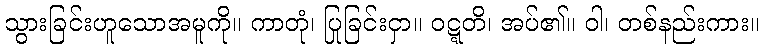
သွားခြင်းဟူသောအမူကို။ ကာတုံ၊ ပြုခြင်းငှာ။ ဝဋ္ဋတိ၊ အပ်၏။ ဝါ၊ တစ်နည်းကား။